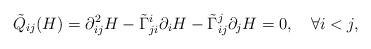
LaTeX: \begin{align*} \tilde{Q}_{ij}(H)=\partial^2_{ij}H-\tilde{\Gamma}^i_{ji}\partial_iH-\tilde{\Gamma}^j_{ij}\partial_jH=0,\quad\forall i<j, \end{align*}